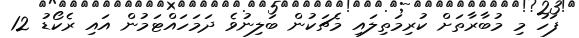
ފަހު މި މުބާރާތަށް ކުރިމަތިލައި މެޗަކުން ބަލިނުވެ ދަމަހައްޓަމުން އައި ރެކޯޑު 12